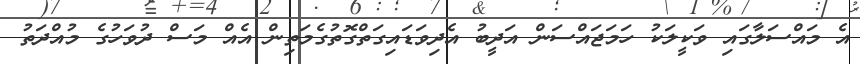
އެ މައްސަލާގައި ވަކީލަކު ހަމަޖައްސަން އަދީބު އެދިވަޑައިގަތްގޮތުގެމަތިން އެއް މަސް ދުވަހުގެ މުއްދަތު